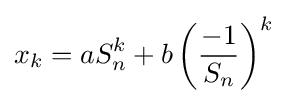
x_{k}=aS_{n}^{k}+b\left({\frac {-1}{S_{n}}}\right)^{k}